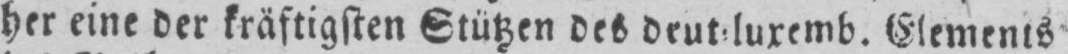
her eine der kräftigsten Stützen des deut⸗luxemb. Elements